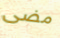
مضى